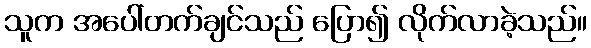
သူက အပေါ်တက်ချင်သည် ပြော၍ လိုက်လာခဲ့သည်။